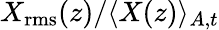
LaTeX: X_{\mathrm{rms}}(z)/\langle X(z)\rangle_{A,t}